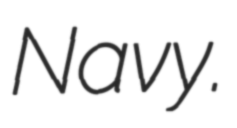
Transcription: Navy.